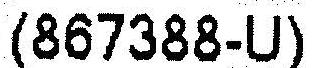
(867388-U)